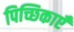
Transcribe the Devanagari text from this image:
पिच्छिकाएँ